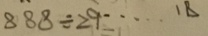
8 8 8 \div 2 9 \cdots 1 8